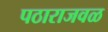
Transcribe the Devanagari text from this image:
पठाराजवळ